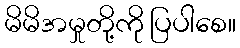
မိမိအမှုတို့ကို ပြပါစေ။